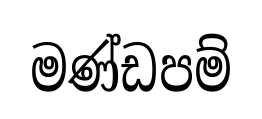
මණ්ඩපම්